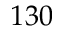
1 3 0